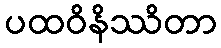
ပထဝိနိဿိတာ